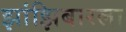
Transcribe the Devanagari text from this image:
झांझिबारला